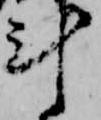
計